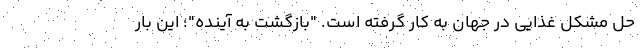
حل مشکل غذایی در جهان به کار گرفته است. "بازگشت به آینده"؛ این بار